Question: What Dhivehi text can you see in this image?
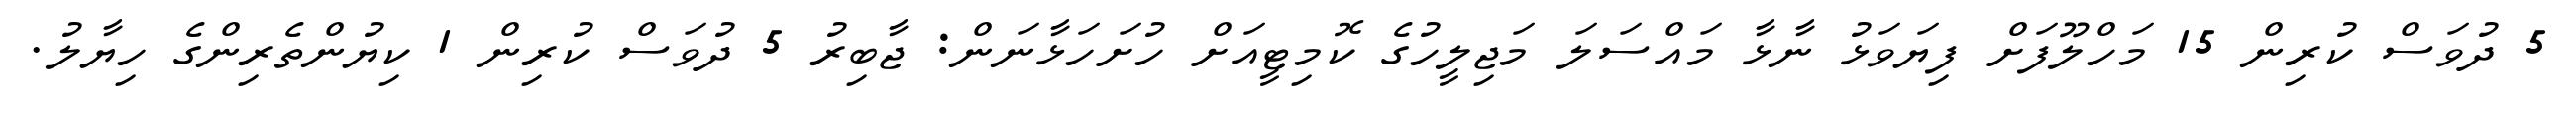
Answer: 5 ދުވަސް ކުރިން 15 މަހްލޫފަށް ފިޔަވަޅު ނާޅާ މައްސަލަ މަޖިލީހުގެ ކޮމިޓީއަށް ހުށަހަޅާނަން: ޖާބިރު 5 ދުވަސް ކުރިން 1 ކިޔުންތެރިންގެ ހިޔާލު.